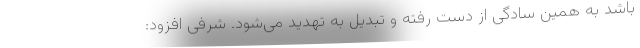
باشد به همین سادگی از دست رفته و تبدیل به تهدید می‌شود. شرفی افزود: